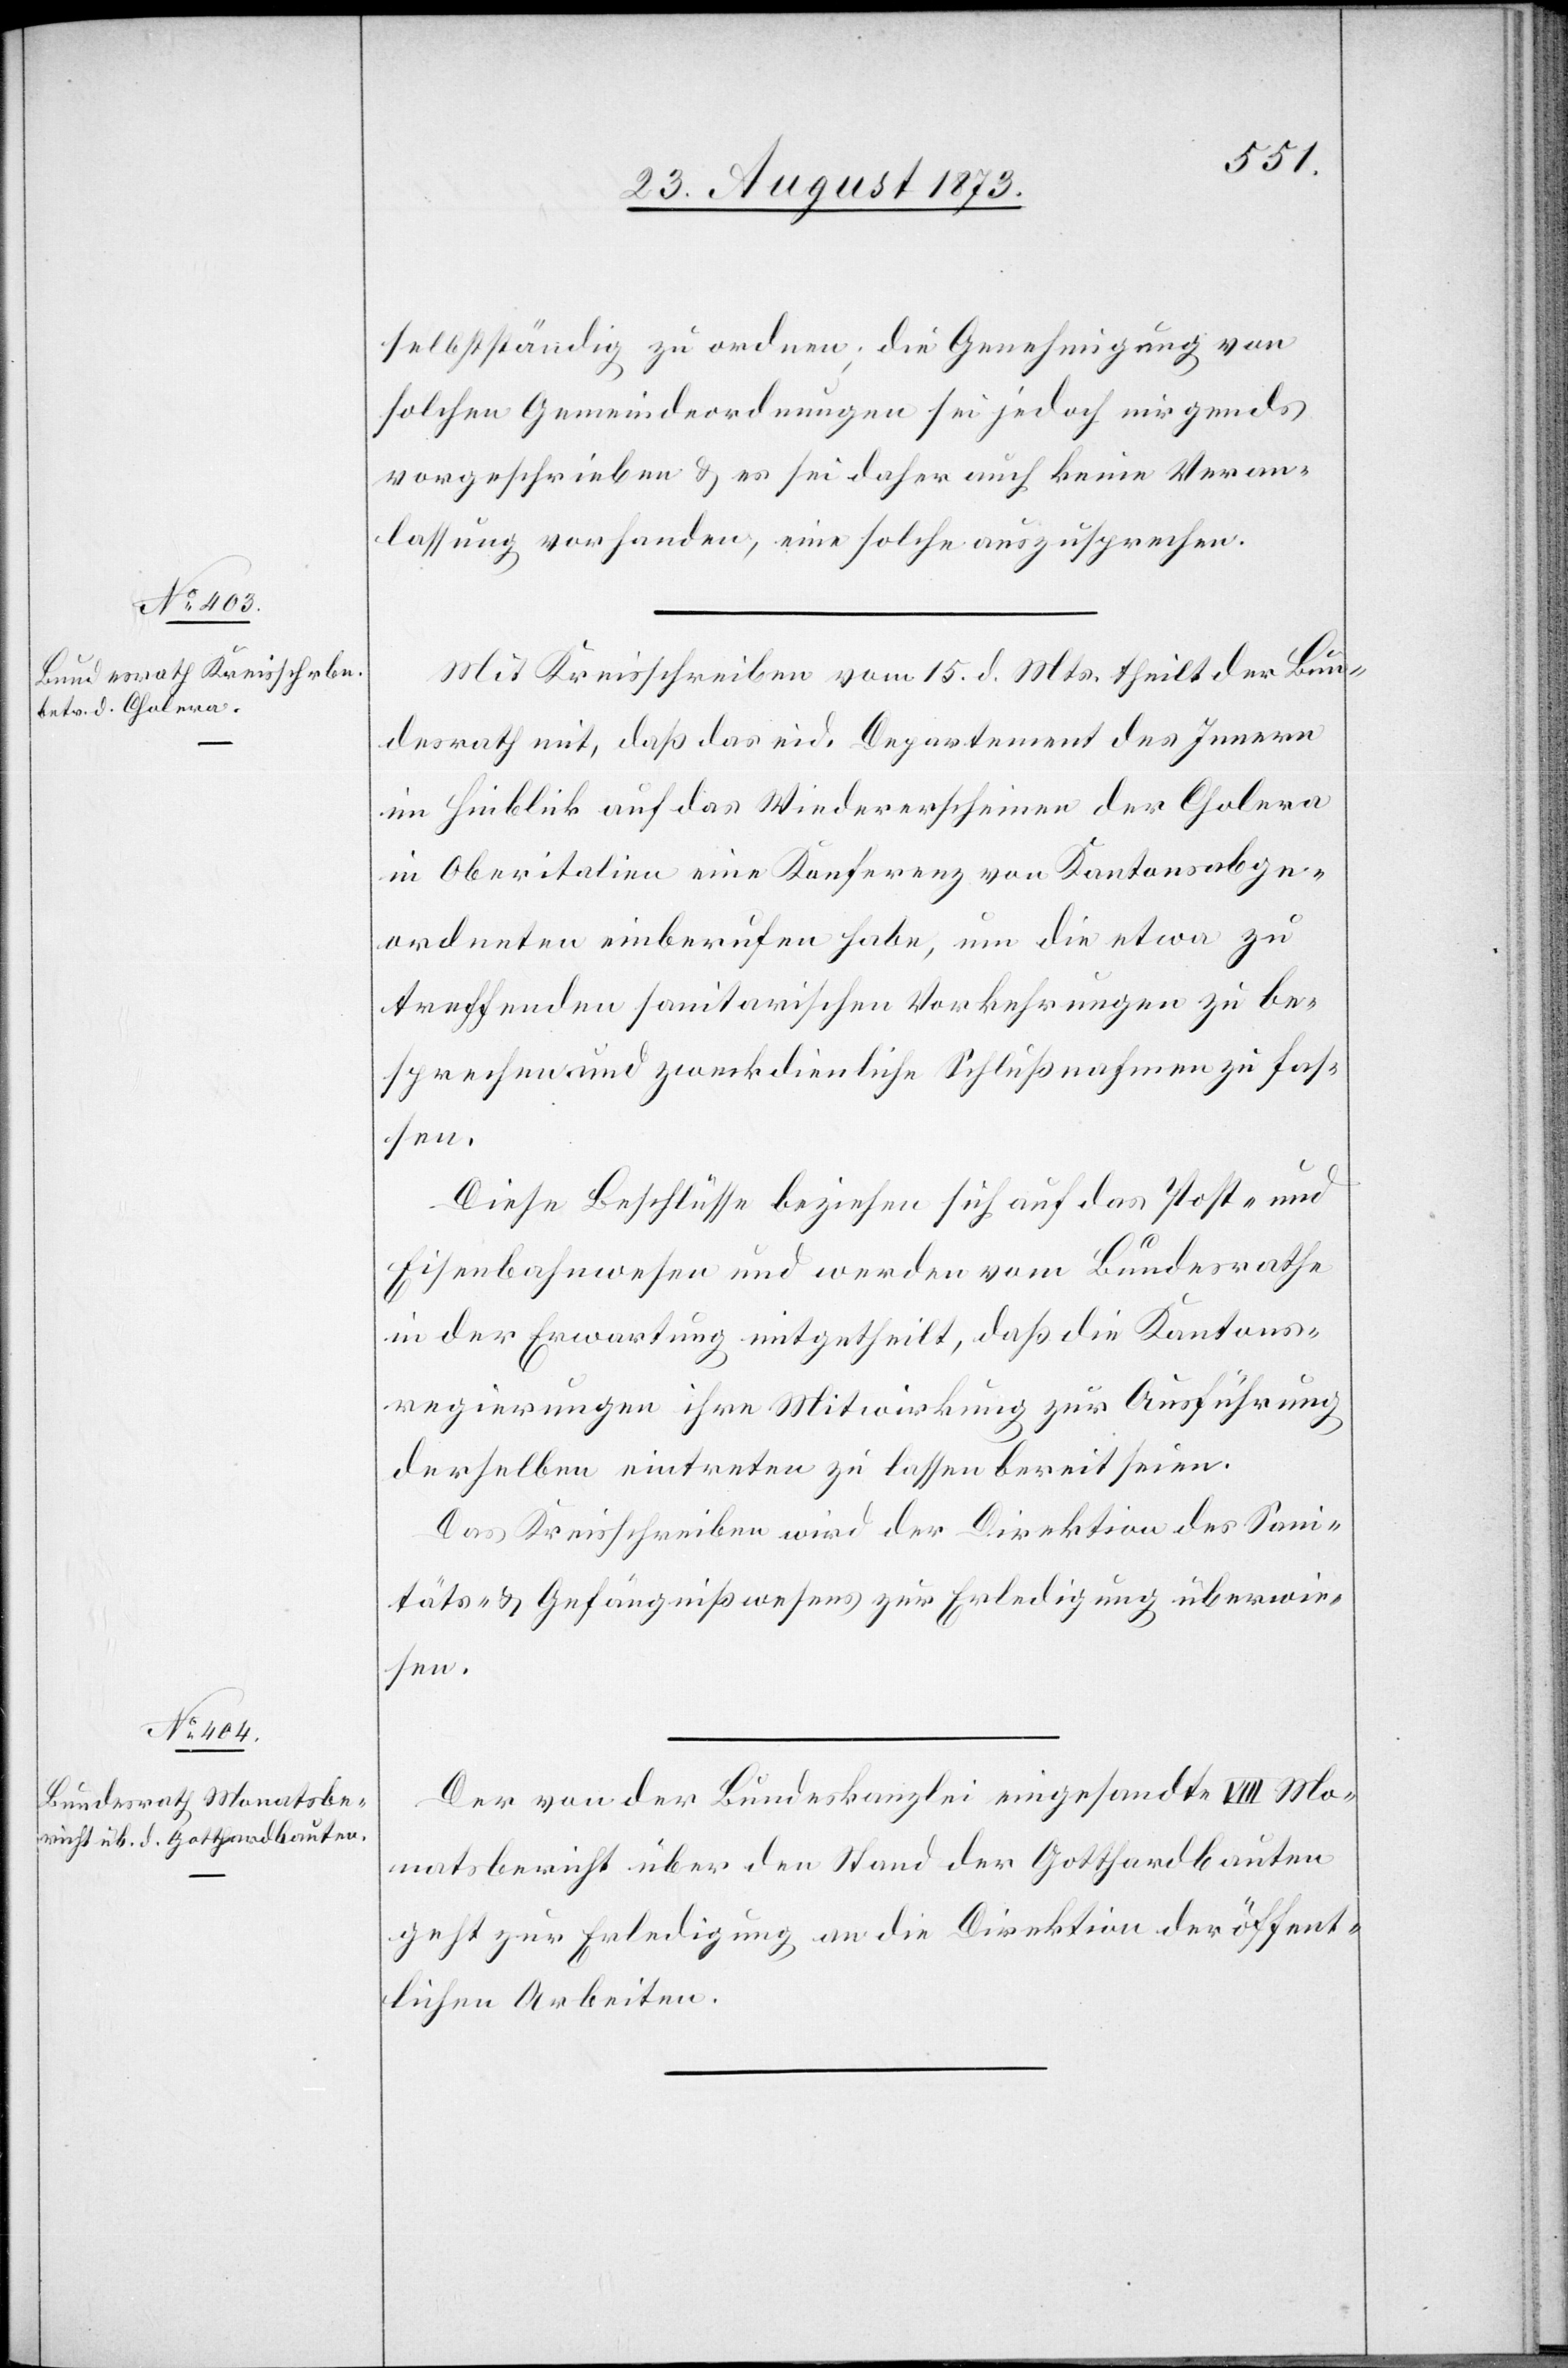
selbstständig zu ordnen; die Genehmigung von
solchen Gemeindeordnungen sei jedoch nirgends
vorgeschrieben & es sei daher auch keine Veran¬
lassung vorhanden, eine solche auszusprechen.
Mit Kreisschreiben vom 15. d. Mts. theilt der Bun¬
desrath mit, daß das eid. Departement des Innern
im Hinblick auf das Wiedererscheinen der Cholera
in Oberitalien eine Konferenz von Kantonsabge¬
ordneten einberufen habe, um die etwa zu
treffenden sanitarischen Vorkehrungen zu be¬
sprechen und zweckdienliche Schlußnahmen zu fas¬
sen.
Diese Beschlüsse beziehen sich auf das Post- und
Eisenbahnwesen und werden vom Bundesrathe
in der Erwartung mitgetheilt, daß die Kantons¬
regierungen ihre Mitwirkung zur Ausführung
derselben eintreten zu lassen bereit seien.
Das Kreisschreiben wird der Direktion des Sani¬
täts- & Gefängnißwesens zur Erledigung überwie¬
sen.
Der von der Bundeskanzlei eingesandte VIII Mo¬
natsbericht über den Stand der Gotthardbauten
geht zur Erledigung an die Direktion der öffent¬
lichen Arbeiten.